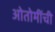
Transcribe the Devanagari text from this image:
ओतोमींची